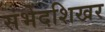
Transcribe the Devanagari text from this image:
संभेदशिखर